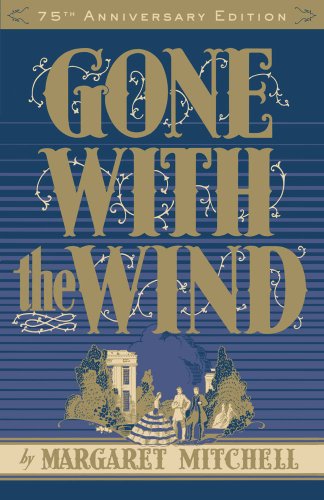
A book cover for Gone with the Wind, 75th Anniversary Edition; Margaret Mitchell; Romance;